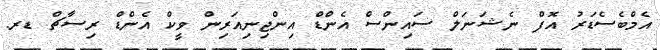
އެމްބެސެޑަރު އޮފް ނެޝަނަލް ސައިންސް އެންޑް އިންޖިނިއަރިން ވީކް އެންޑް ރިސާޗް ޑރ.